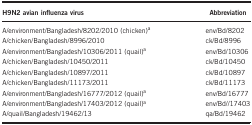
<table><thead><tr><td><b>H9N2 avian influenza virus</b></td><td><b>Abbreviation</b></td></tr></thead><tbody><tr><td>A/environment/Bangladesh/8202/2010 (chicken)a</td><td>env/Bd/8202</td></tr><tr><td>A/chicken/Bangladesh/8996/2010</td><td>ck/Bd/8996</td></tr><tr><td>A/environment/Bangladesh/10306/2011 (quail)a</td><td>env/Bd/10306</td></tr><tr><td>A/chicken/Bangladesh/10450/2011</td><td>ck/Bd/10450</td></tr><tr><td>A/chicken/Bangladesh/10897/2011</td><td>ck/Bd/10897</td></tr><tr><td>A/chicken/Bangladesh/11173/2011</td><td>ck/Bd/11173</td></tr><tr><td>A/environment/Bangladesh/16777/2012 (quail)a</td><td>env/Bd/16777</td></tr><tr><td>A/environment/Bangladesh/17403/2012 (quail)a</td><td>env/Bd//17403</td></tr><tr><td>A/quail/Bangladesh/19462/13</td><td>qa/Bd/19462</td></tr></tbody></table>